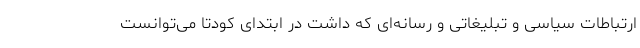
ارتباطات سیاسی و تبلیغاتی و رسانه‌ای که داشت در ابتدای کودتا می‌توانست